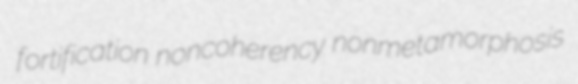
fortification noncoherency nonmetamorphosis